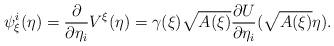
LaTeX: \begin{align*}\psi_{\xi}^{i}(\eta)=\frac{\partial}{\partial\eta_{i}}V^{\xi}(\eta)=\gamma(\xi)\sqrt{A(\xi)}\frac{\partial U}{\partial\eta_{i}}(\sqrt{A(\xi)}\eta).\end{align*}